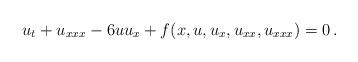
LaTeX: \begin{align*}u_t + u_{xxx} - 6 u u_x + f(x,u,u_x,u_{xx},u_{xxx}) = 0\,.\end{align*}